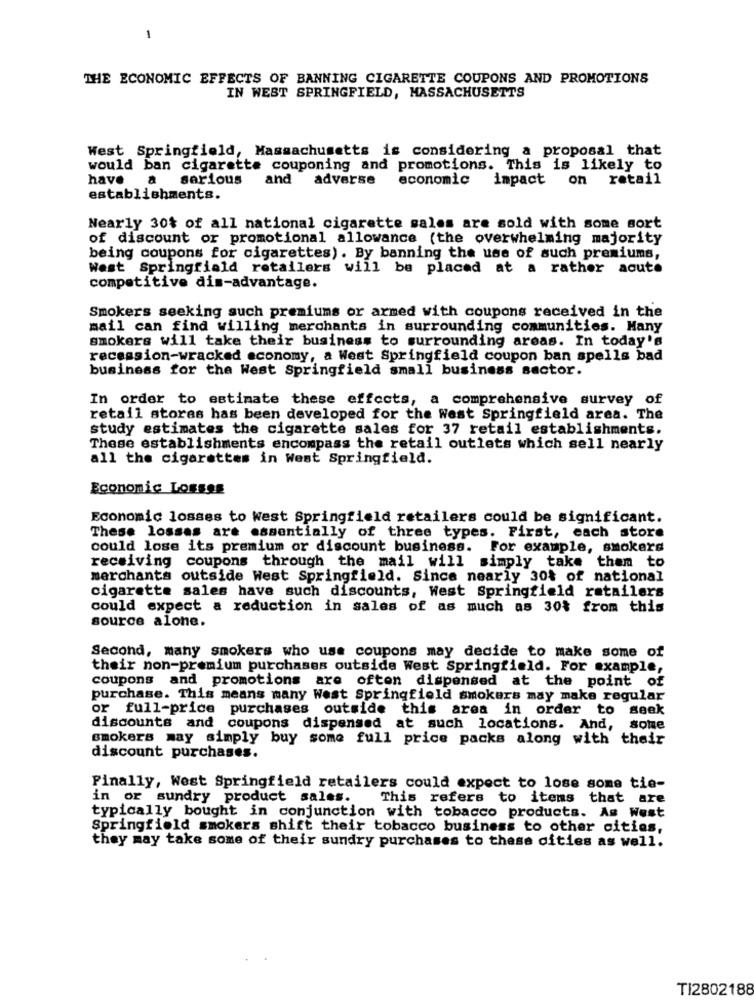
1
THE ECONOMIC EFFECTS OF BANNING CIGARETTE COUPONS AND PROMOTIONS
IN WEST SPRINGFIELD, MASSACHUSETTS
West Springfield, Massachusetts is considering a proposal that
would ban cigarette couponing and promotions. This is likely to
have
a
serious
and
adverse
economic impact on retail
establishments.
Nearly 30% of all national cigarette sales are sold with some sort
of discount or promotional allowance (the overwhelming majority
being coupons for cigarettes). By banning the use of such premiums,
West Springfield retailers will be placed at a rather acute
competitive dis-advantage.
Smokers seeking such premiums or armed with coupons received in the
mail can find willing merchants in surrounding communities. Many
smokers will take their business to surrounding areas. In today's
recession-wracked economy, a West Springfield coupon ban spells bad
business for the West springfield small business sector.
In order to estimate these effects, a comprehensive survey of
retail stores has been developed for the West Springfield area. The
study estimates the cigarette sales for 37 retail establishments.
These establishments encompass the retail outlets which sell nearly
all the cigarettes in West Springfield.
Economic Losseg
Economic losses to West Springfield retailers could be significant.
These lossas are essentially of three types. First, each store
could lose its premium or discount business. For example, smokers
receiving coupons through the mail will simply take them to
merchants outside West Springfield. Since nearly 30% of national
cigarette sales have such discounts, West Springfield retailers
could expect a reduction in sales of as much as 30% from this
source alone.
Second, many smokers who use coupons may decide to make some of
their non-premium purchases outside West Springfield. For example,
coupons and promotions are often dispensed at the point of
purchase. This means many West Springfield smokers may make regular
or full-price purchases outside this area in order to seek
discounts and coupons dispensed at such locations. And,
sone
smokers may simply buy some full price packs along with their
discount purchases.
Finally, West Springfield retailers could expect to lose some tie-
in or sundry product sales.
This refers to items that are
typically bought in conjunction with tobacco products. As West
Springfield smokers shift their tobacco business to other cities,
they may take some of their sundry purchases to these cities as well.
TI2802188